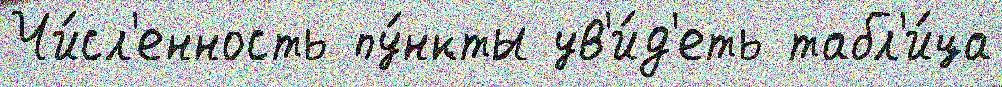
Чи́сл'енность пу́нкты ув'и́д'еть табл'и́ца